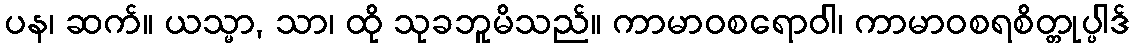
ပန၊ ဆက်။ ယသ္မာ, သာ၊ ထို သုခဘူမိသည်။ ကာမာဝစရောဝါ၊ ကာမာဝစရစိတ္တုပ္ပါဒ်